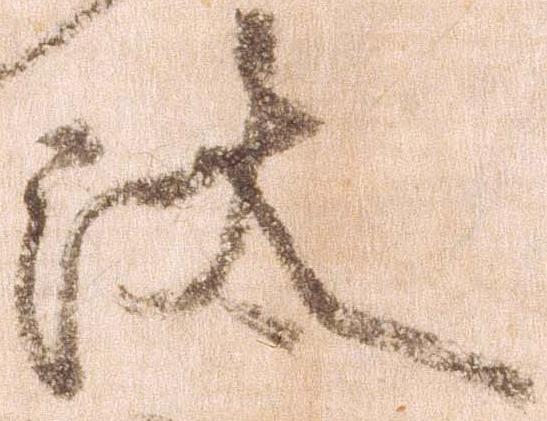
汰